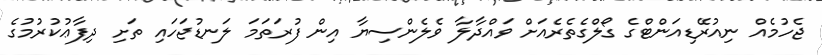
ޖެހުމެއް ނިއުރޭޑިއަންޓްގެ ގޯލްގެތެރެއަށް ވައްދާލާ ވެލެންސިޔާ އިން ފުރަތަމަ ލަނޑުޖަހައި ތަށި ދިފާޢުކުރުމުގެ